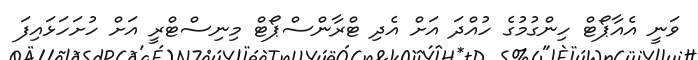
ވަނީ އެއާޕޯޓް ހިންގުމުގެ ހުއްދަ އަށް އެދި ޓްރާންސްޕޯޓް މިނިސްޓްރީ އަށް ހުށަހަޅައިފަ